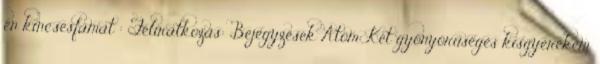
én kincsesfámat : Feliratkozás: Bejegyzések Atom Két gyönyörűséges kisgyerekem